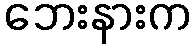
ဘေးနားက